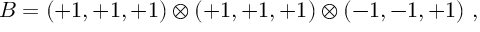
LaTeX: B = ( + 1 , + 1 , + 1 ) \otimes ( + 1 , + 1 , + 1 ) \otimes ( - 1 , - 1 , + 1 ) ~ , ~ \,